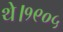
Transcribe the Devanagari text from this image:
थे।१९०५